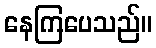
နေကြပေသည်။